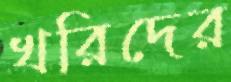
খরিদের